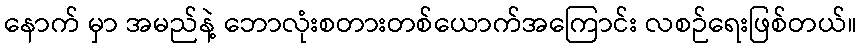
နောက် မှာ အမည်နဲ့ ဘောလုံးစတားတစ်ယောက်အကြောင်း လစဉ်ရေးဖြစ်တယ်။